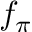
f _ { \pi }